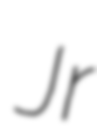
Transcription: Jr